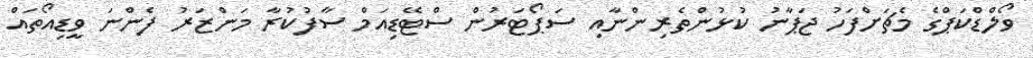
ވޯލްޑްކަޕްގެ މެޗަށްފަހު ޖަޕާނު ކުޅުންތެރިންނާއި ސަޕޯޓަރުން ސްޓޭޑިއަމް ސާފުކުރާ މަންޒަރު ފެންނަ ވީޑިއޯތައް